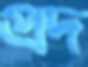
প্রদ